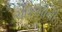
ચોકસીની